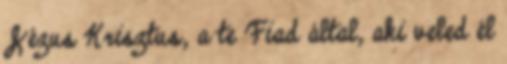
Jézus Krisztus, a te Fiad által, aki veled él